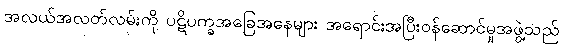
အလယ်အလတ်လမ်းကို ပဋိပက္ခအခြေအနေများ အရောင်းအပြီးဝန်ဆောင်မှုအဖွဲ့သည်